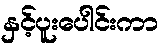
နှင့်ပူးပေါင်းကာ